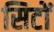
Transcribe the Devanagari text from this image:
सिटों